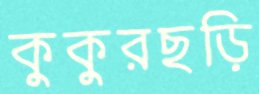
কুকুরছড়ি